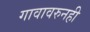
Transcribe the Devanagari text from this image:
गावावरुनही